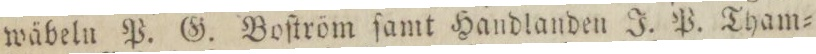
wäbeln P. G. Boſtröm ſamt Handlanden J. P. Tham=